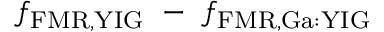
f _ { \mathrm { F M R , Y I G } } ~ - ~ f _ { \mathrm { F M R , G a : Y I G } }